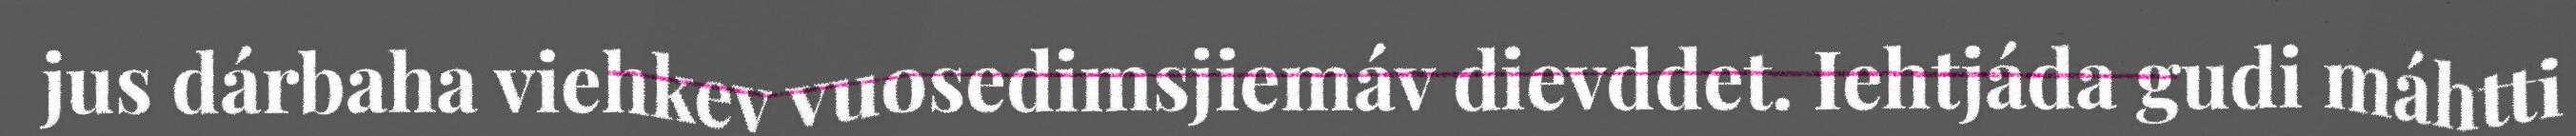
jus dárbaha viehkev vuosedimsjiemáv dievddet. Iehtjáda gudi máhtti